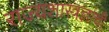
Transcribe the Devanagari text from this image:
राज्यशास्त्रज्ञांची